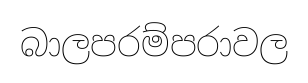
බාලපරම්පරාවල